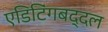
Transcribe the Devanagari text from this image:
एडिटिंगबद्दल